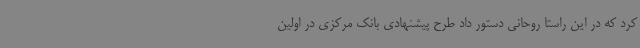
کرد که در این راستا روحانی دستور داد طرح پیشنهادی بانک مرکزی در اولین